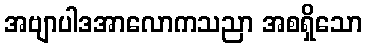
အဗျာပါဒအာလောကသညာ အစရှိသော